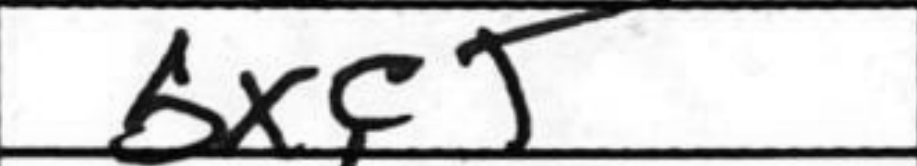
Transcription: bxc5